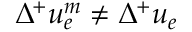
\Delta ^ { + } u _ { e } ^ { m } \ne \Delta ^ { + } u _ { e }